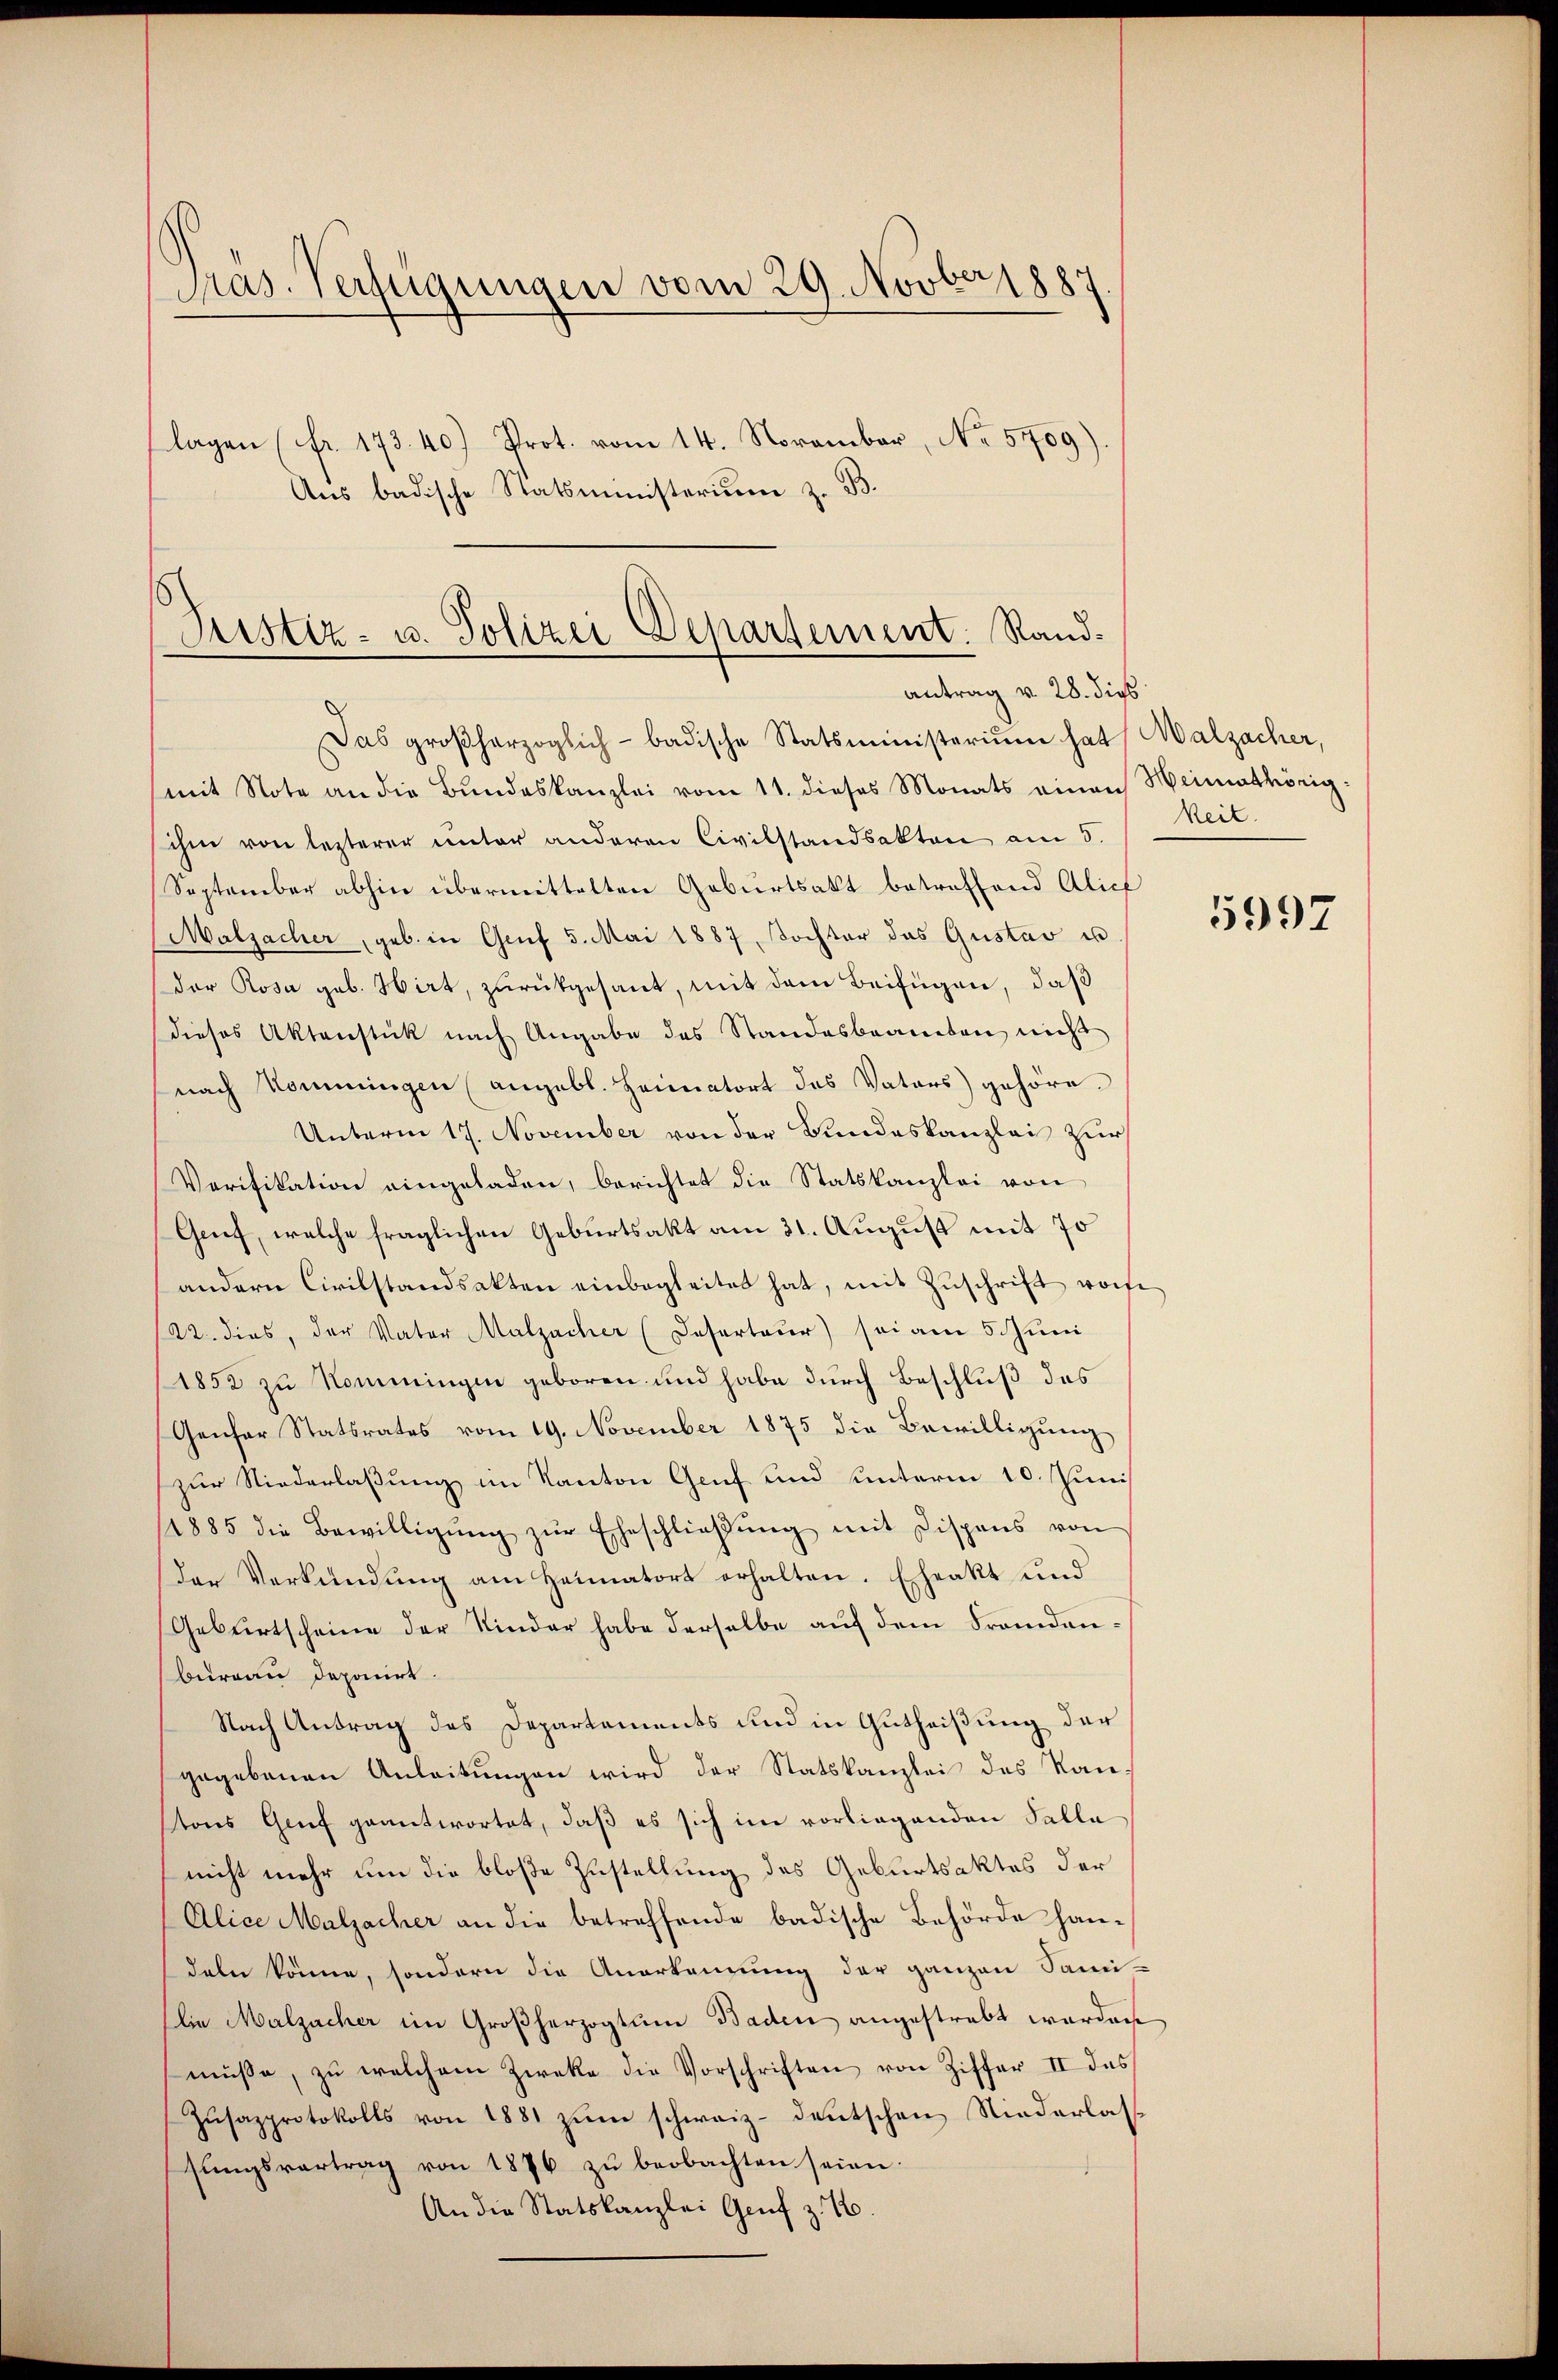
Pras. Verfügungen vom 29. Novber 1887.
lagen (fr. 173.40) Prot. vom 14. November, No. 5709)
Aus badische Statsministerium z. B.

Justiz- u. Polizei Departement. Randantrag v. 28. dies

Das großherzoglich badische Statsministerium hat Malzacher,
mit Note an die Bŭndeskanzlei vom 11. dieses Monats einen Heimathörig-
ihm von lezterer unter anderen Civilstandsakten am 5.  Reit
September abhin übermittelten Geburtsakt betreffend Alich
(Malsacher, geb. in Gruf 5. Mai 1887, Tochter das Gustav un
Der Rosa geb. Hirt, zurückgesant, mit dem Beifügen, daß
dieses Aktenstück nach Angabe des Standesbeamten nicht
nach kommingen (angebl. Heimatort des Vaters) gehöre.
Unterm 17. November von der Bundeskanzlei zur
Verifikation eingeladen, berichtet die Statskanzlei von
Genf, welche fraglichen Geburtsakt am 31. August mit 70
andern Civilstandsakten einbegleitet hat, mit Zŭschrift vorhe
122. dies, der Vater Malzacher (Deserteur) sei am 5 Juni
1852 zu Kommingen geboren und habe durch Beschluß des
Genfer Statsrates vom 19. November 1875 die Bewilligung
zur Niederlaßung im Kanton Genf und unterm 10. Juni
1885 die Bewilligŭng zŭr Eheschlieβŭng mit Dispens von
Der Verkündung am Heimatort erhalten. Eheakt und
Geburtscheine der Kinder habe derselbe auf dem Frandanbureau deponirt.
Nach Antrag des Departements und in Gutheißung der
gegebenen Anleitungen wird der Statskanzlei des Kantons Genf geantwortet, daß es sich im vorliegenden Falle
nicht mehr um die bloße Zustellung des Geburtsaktes der
Alice Malzacher an die betreffende badische Behörde handeln könne, sondern die Anerkennung der ganzen Sami-
lie Malzacher im Großherzogtum Baden angestrebt worden
müsse, zŭ welchem Zwecke die Vorschriften von Ziffer II des
Zŭsazprotokolls von 1881 zum schweiz deutschen Niederlassŭngsvertrag von 1876 zŭ beobachten seien.
An die Statskanzlei Genf z. B.

5997